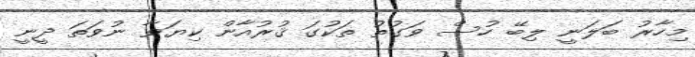
މިހާރު ބަލަނީ ލިބޭ ހުސް ވަގުތު ތަކުގަ ޤުރުއާން ކިޔަވާ ނުވަތަ ދީނީ